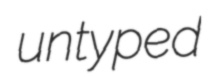
untyped